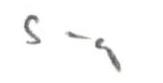
S-a